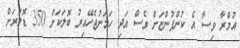
އުމްރާ ވިސާ އެ ކުންފުންޏަށް ވެސް އަދި ހަމަނުޖެހޭއިރު ބޮލަކަށް 350 ޑޮލަރަށް